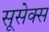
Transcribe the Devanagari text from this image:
सूसेक्स